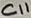
Text: C11